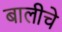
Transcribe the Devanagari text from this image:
बालीचे